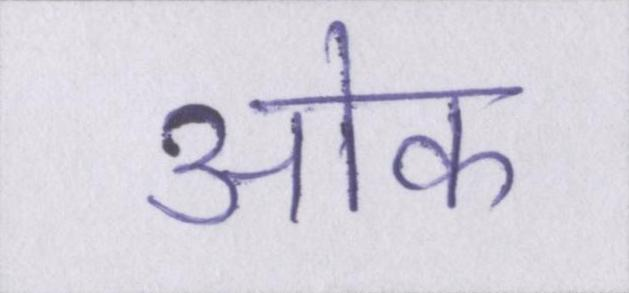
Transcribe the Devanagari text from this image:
ओक